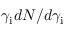
\gamma _ { \mathrm { i } } d N / d \gamma _ { \mathrm { i } }